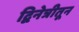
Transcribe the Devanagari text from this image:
द्विनेत्रीतून